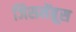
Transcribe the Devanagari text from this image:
जिसमेंब्रूस